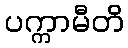
ပက္ကာမီတိ